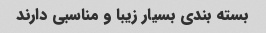
بسته بندی بسیار زیبا و مناسبی دارند